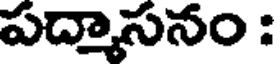
పద్మాసనం :